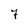
Character: 7